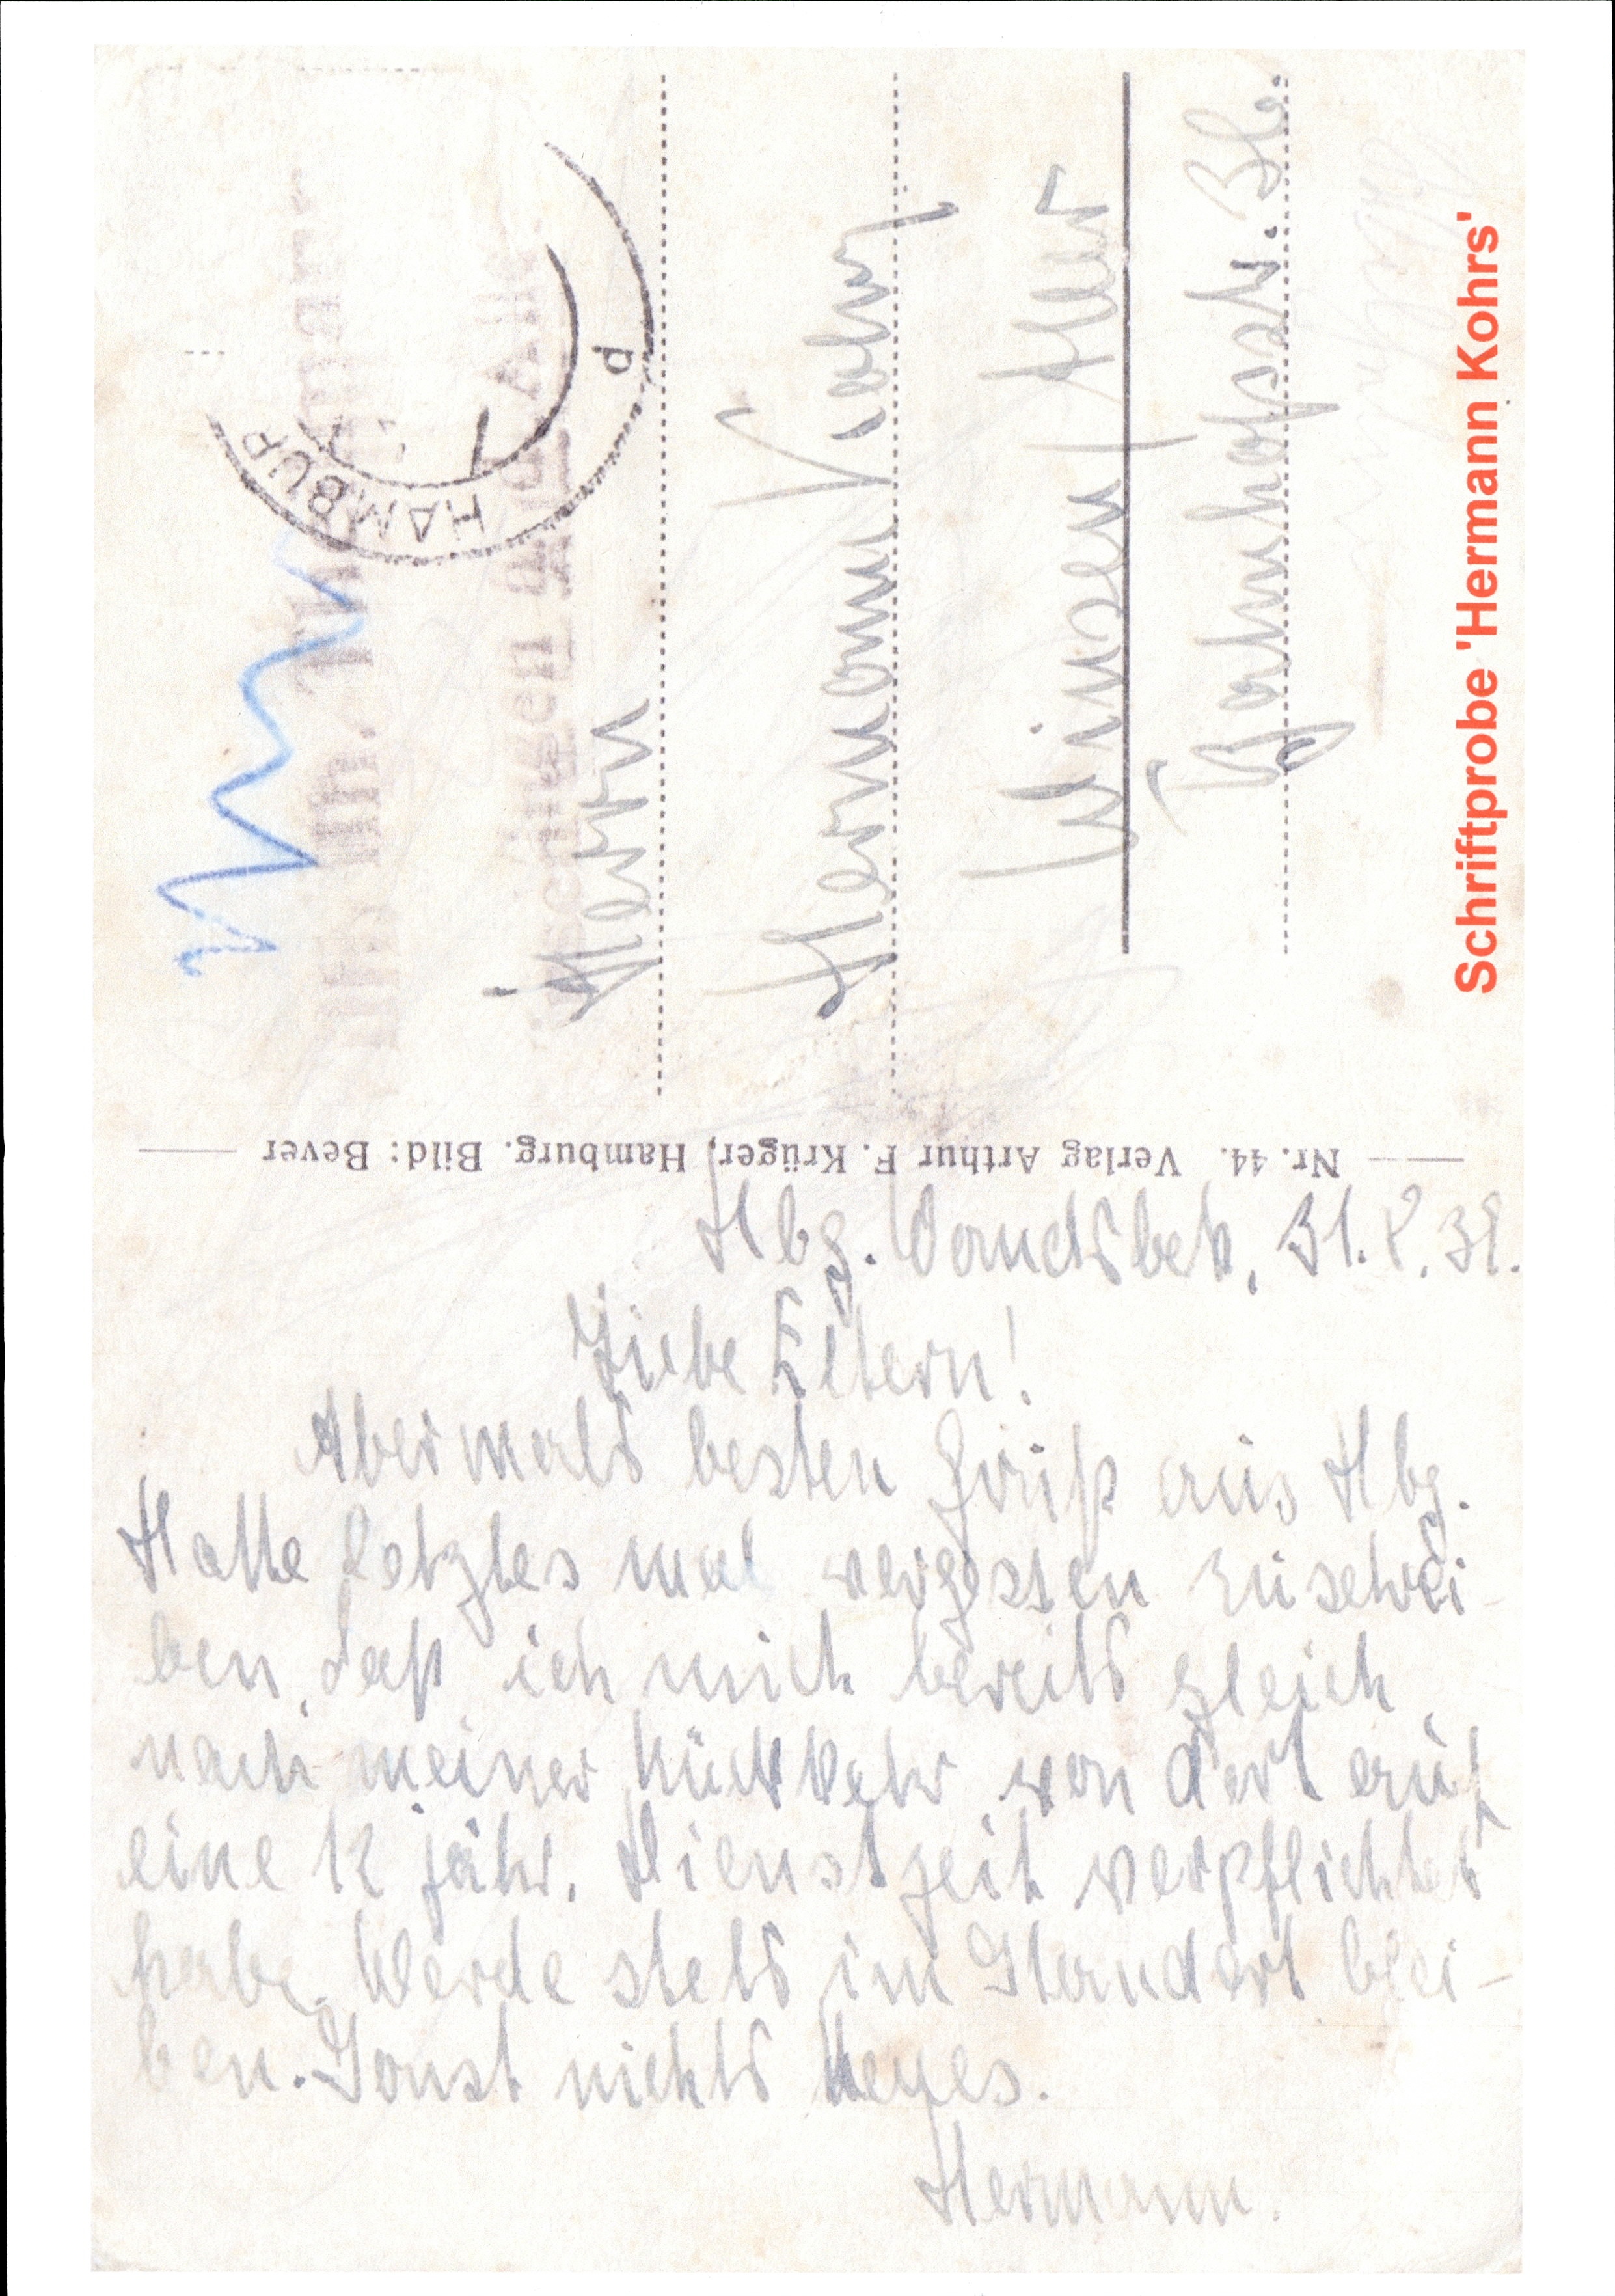
Herrn
Hermann Kohrs
Winsen / Aller
Bahnhofstr. 3b
Hbg. Wandsbek, 31.8.39.
Liebe Eltern!
Abermals besten Gruß aus Hbg.
Hatte letztes mal vergessen zu schrei¬
ben, daß ich mich bereits gleich
nach meiner Rückkehr von dort auf
eine 12 jähr. Dienstzeit verpflichtet
habe. Werde stets im Standort blei¬
ben. Sonst nichts Neues.
Hermann.